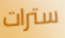
سترات